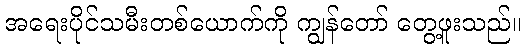
အရေးပိုင်သမီးတစ်ယောက်ကို ကျွန်တော် တွေ့ဖူးသည်။